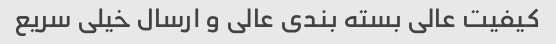
کیفیت عالی بسته بندی عالی و ارسال خیلی سریع